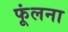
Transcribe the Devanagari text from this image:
फूंलना